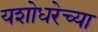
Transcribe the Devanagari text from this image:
यशोधरेच्या